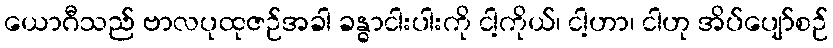
ယောဂီသည် ဗာလပုထုဇဉ်အခါ ခန္ဓာငါးပါးကို ငါ့ကိုယ်၊ ငါ့ဟာ၊ ငါဟု အိပ်ပျော်စဉ်